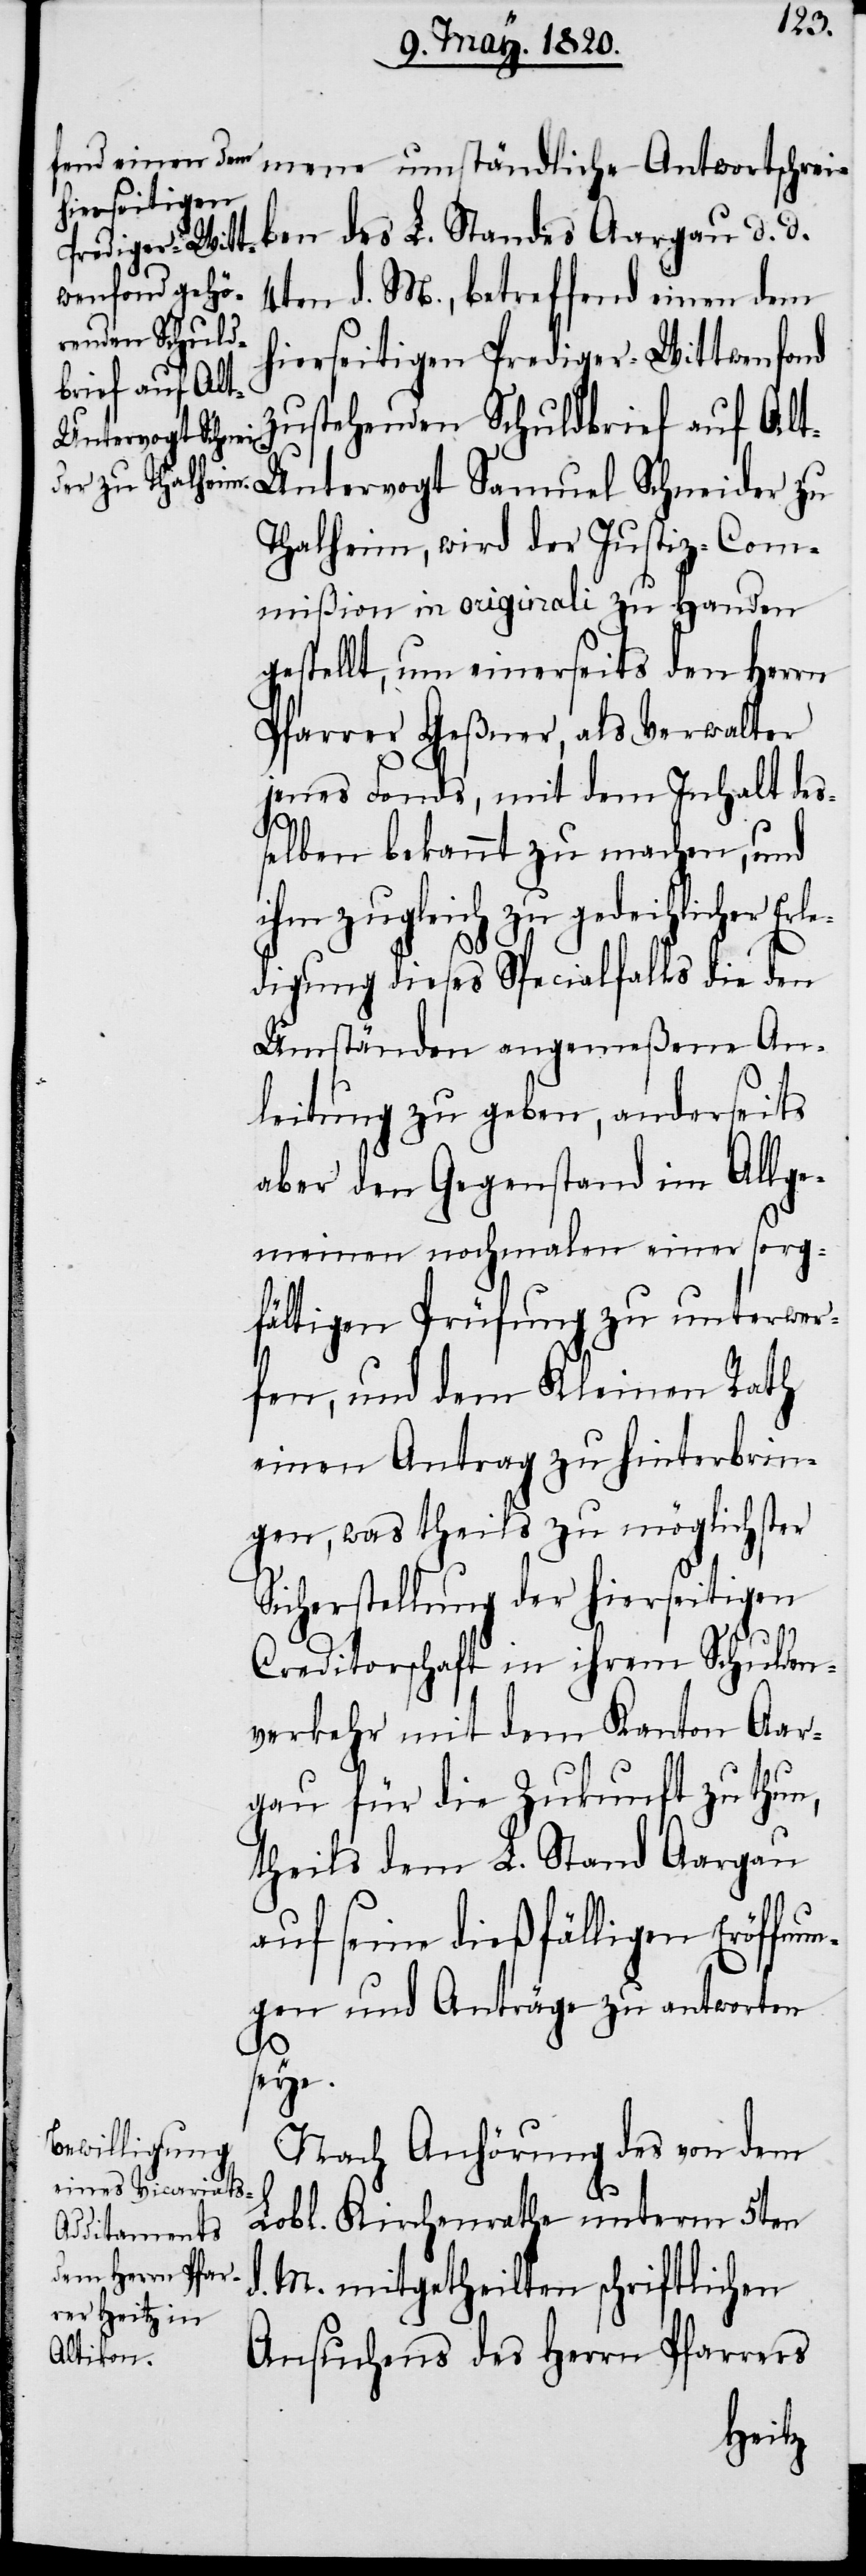
ben des L. Standes Aargau d. d.
4ten d. M., betreffend einen dem
hierseitigen Prediger-Wittwenfond
zustehenden Schuldbrief auf Al¬
t-Untervogt Samuel
Thalheim, wird der Justiz-Com¬
mißion in originali zu Handen
gestellt, um einerseits den Herrn
Pfarrer Geßner, als Verwalter
jenes Fonds, mit dem Inhalt des¬
d.
selben bekannt zu machen, und
ihm zugleich zu gedeihlicher
digung dieses Specialfalls die den
Umständen angemeßene An¬
leitung zu geben, anderseits
aber den Gegenstand im Allge¬
meinen nochmalen einer sorg¬
fältigen Prüfung zu unterwer¬
fen, und dem Kleinen Rath
einen Antrag zu hinterbrin¬
gen, was theils zu möglichster
Sicherstellung der hierseitigen
Creditorschaft in ihrem Schulden¬
verkehr mit dem Kanton Aar¬
gau für die Zukunft zu thun,
theils dem L. Stand Aargau
auf seine dießfälligen Eröffnu¬
ngen und Anträge zu antworten
seye.
Nach Anhörung des von dem
Lobl. Kirchenrathe unterm 5ten
M. mitgetheilten schriftlichen
Ansuchens des Herrn Pfarrers